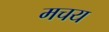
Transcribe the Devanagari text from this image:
मचय